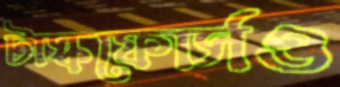
টাস্কফোর্সও